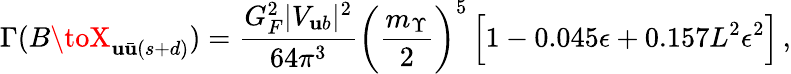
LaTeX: \Gamma(B\toX_{\mathbf{u}\bar{{\mathbf{u}}}(s+d)})={\frac{{G_{F}^{2}|V_{\mathbf{u}b}|^{2}}}{{64\pi^{3}}}}\bigg({\frac{{m_{\Upsilon}}}{{2}}}\bigg)^{5}\, \Big[1-0.045\epsilon+0.157L^{2}\epsilon^{2}\Big]\, ,